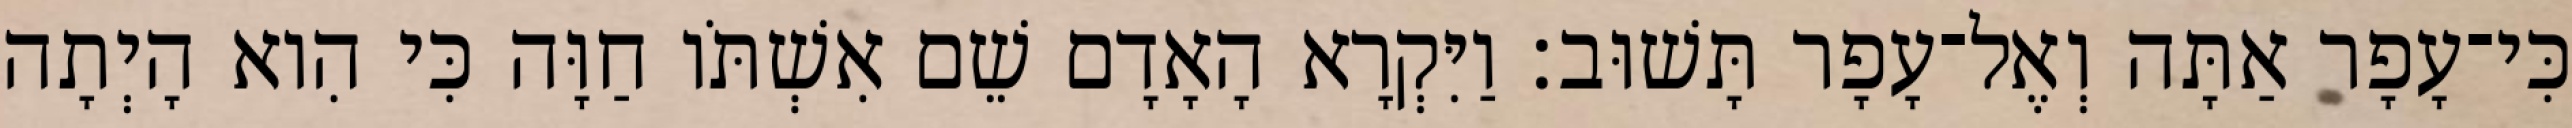
כִּי־עָפָר אַתָּה וְאֶל־עָפָר תָּשׁוּב׃ וַיִּקְרָא הָאָדָם שֵׁם אִשְׁתֹּו חַוָּה כִּי הִוא הָיְתָה